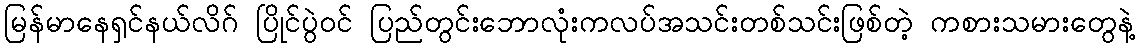
မြန်မာနေရှင်နယ်လိဂ် ပြိုင်ပွဲဝင် ပြည်တွင်းဘောလုံးကလပ်အသင်းတစ်သင်းဖြစ်တဲ့ ကစားသမားတွေနဲ့